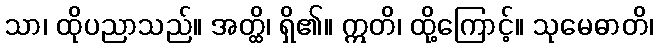
သာ၊ ထိုပညာသည်။ အတ္ထိ၊ ရှိ၏။ ဣတိ၊ ထို့ကြောင့်။ သုမေဓာတိ၊